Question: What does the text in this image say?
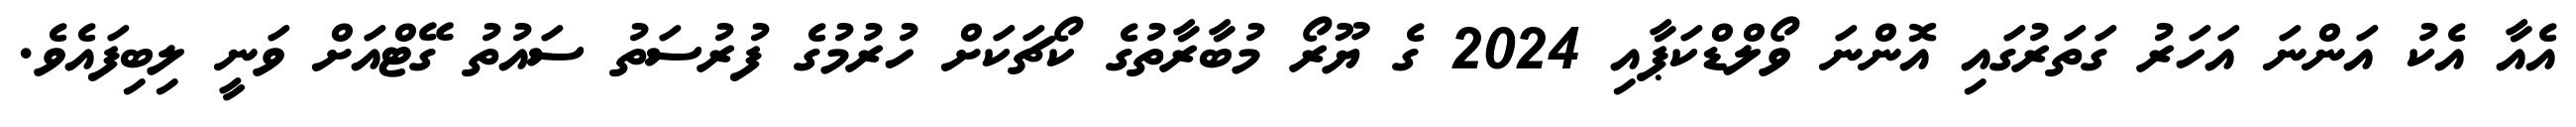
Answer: އެއާ އެކު އަންނަ އަހަރު ގަތަރުގައި އޮންނަ ވޯލްޑްކަޕާއި 2024 ގެ ޔޫރޯ މުބާރާތުގެ ކޯޗަކަށް ހުރުމުގެ ފުރުސަތު ސައުތު ގޭޓްއަށް ވަނީ ލިބިފައެވެ.